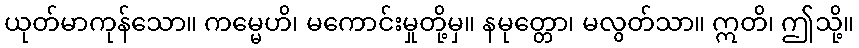
ယုတ်မာကုန်သော။ ကမ္မေဟိ၊ မကောင်းမှုတို့မှ။ နမုတ္တော၊ မလွတ်သာ။ ဣတိ၊ ဤသို့။